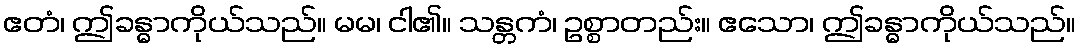
ဧတံ၊ ဤခန္ဓာကိုယ်သည်။ မမ၊ ငါ၏။ သန္တကံ၊ ဥစ္စာတည်း။ ဧသော၊ ဤခန္ဓာကိုယ်သည်။